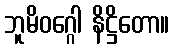
ဘူမိဝဂ္ဂေါ နိဋ္ဌိတော။